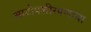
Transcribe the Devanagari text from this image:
आटोपशीरपणाचा